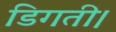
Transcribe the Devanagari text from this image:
डिगती।